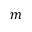
m